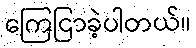
ကြေငြာခဲ့ပါတယ်။